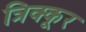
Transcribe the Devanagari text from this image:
त्रिक्कूर